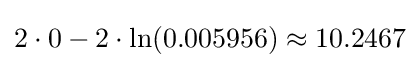
2\cdot 0-2\cdot \ln(0.005956)\approx 10.2467